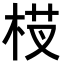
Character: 𬂵